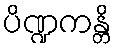
ပိဏ္ဍကန္တိ